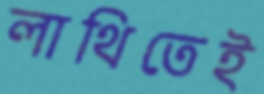
লাথিতেই